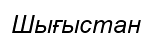
Шығыстан